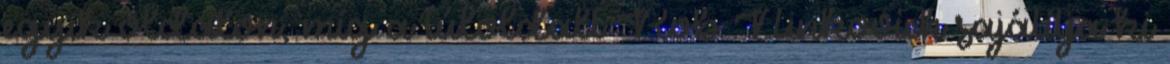
egyik oldalon, míg a túloldalt Rob Ninkovich sajátítja ki